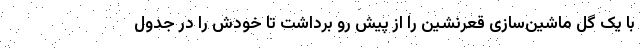
با یک گل ماشین‌سازی قعرنشین را از پیش رو برداشت تا خودش را در جدول